Annual report of the Madras Medical College
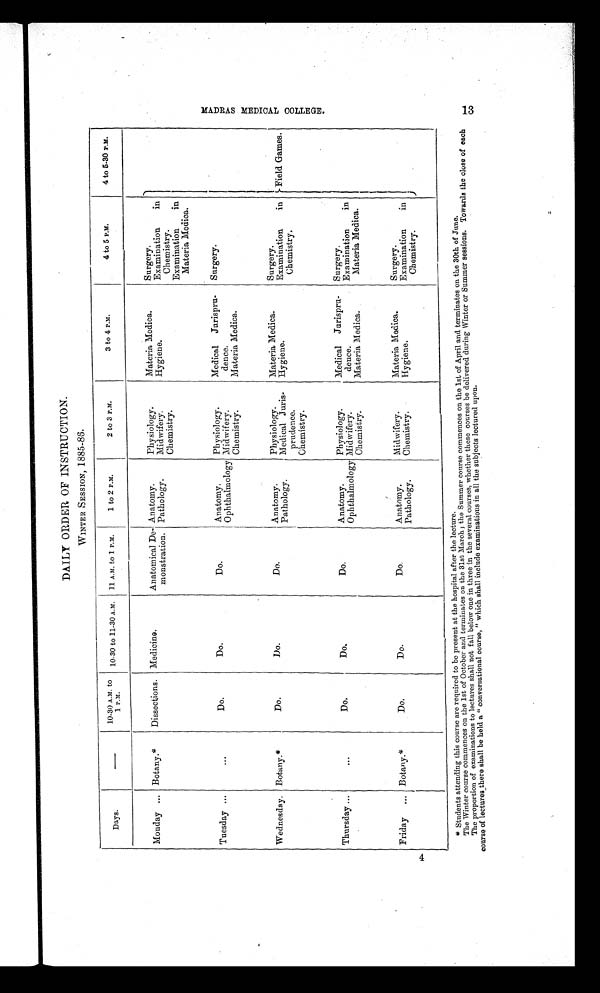
DAILY ORDER OF INSTRUCTION.
WINTER SESSION, 1885-86.
Days.
—
1 0 - 3 0 A . M . t o
1 P
.M.
10-30 to 11-30 A.M.
11 A.M. to 1 P.M.
1 to 2 P.M.
2 to 3 P.M.
3 to 4 P.M.
4 to 5 P.M.
4 to 5-30 P.M.
Monday ... Botany.*
Dissections. Medicine.
Anatomical De-
monstration.
Anatomy.
Physiology.
Materia Medica.
Surgery.
Field Games.
Pathology.
Midwifery.
Hygiene.
Examination
in
Chemistry.
Chemistry.
Examination
in
Materia Medica.
Tuesday ...
...
Do.
Do.
Do.
Anatomy.
Physiology.
Medical Jurispru-
dence.
Surgery.
Ophthalmology Midwifery.
Chemistry.
Materia Medica.
Wednesday. Botany.*
Do.
Do.
Do.
Anatomy.
Physiology.
Materia Medica.
Surgery.
Pathology.
Medical Juris-
prudence.
Hygiene.
Examination
in
Chemistry.
Chemistry.
Thursday ...
...
Do.
Do.
Do.
Anatomy.
Physiology.
Medical Jurispru-
dence.
Surgery.
Ophthalmology Midwifery.
Examination
in
Materia Medica.
Chemistry.
Materia Medica.
Friday ... Botany.*
Do.
Do.
Do.
Anatomy.
Midwifery.
Materia Medica.
Surgery.
Pathology.
Chemistry.
Hygiene.
Examination
in
Chemistry.
* Students attending this course are required to be present at the hospital after the lecture.
The Winter course commences on the 1st of October and terminates on the 31st March; the Summer course commences on the 1st of April and terminates on the 30th of June.
The proportion of examinations to lectures shall not fall below one in three in the several courses, whether these courses be delivered during Winter or Summer sessions. Towards the close of each
course of lectures there shall be held a " conversational course, " which shall include examinations in all the subjects lectured upon.
M A D R A S M E D I C A L C O L L E G E .
13